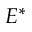
E ^ { * }